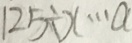
1 2 5 \div x \cdots a